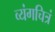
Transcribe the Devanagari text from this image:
व्यंगचित्रं